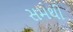
સમથી